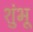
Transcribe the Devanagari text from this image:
शुंभू